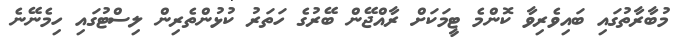
މުބާރާތުގައި ބައިވެރިވާ ކޮންމެ ޓީމަކަށް ރާއްޖޭން ބޭރުގެ ހަތަރު ކުޅުންތެރިން ލިސްޓުގައި ހިމެނޭނެ